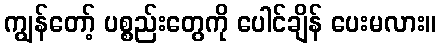
ကျွန်တော့် ပစ္စည်းတွေကို ပေါင်ချိန် ပေးမလား။